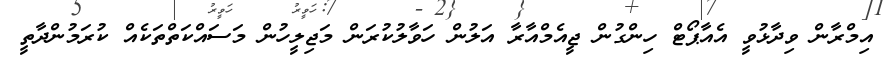
އިމްރާން ވިދާޅުވީ އެއާޕޯޓް ހިންގުން ޖީއެމްއާރާ އަލުން ހަވާލުކުރަން މަޖިލީހުން މަސައްކަތްތަކެއް ކުރަމުންދާތީ